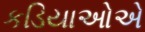
કડિયાઓએ